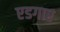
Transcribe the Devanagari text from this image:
एडगार